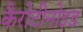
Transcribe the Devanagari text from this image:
कैरोटीनोइड